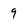
Character: 9